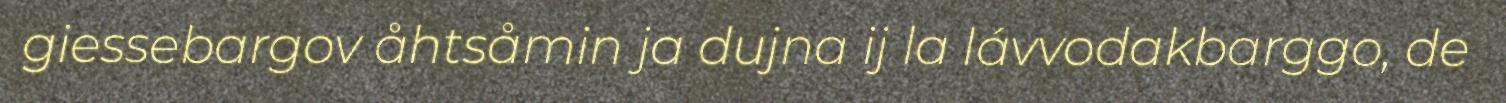
giessebargov åhtsåmin ja dujna ij la lávvodakbarggo, de